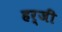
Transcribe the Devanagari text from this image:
हर्जी